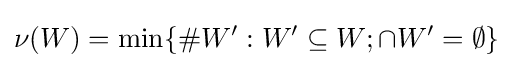
\nu (W)=\min\{\#W':W'\subseteq W;\cap W'=\emptyset \}